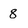
Character: 8